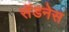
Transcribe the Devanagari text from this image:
सॅडनेस